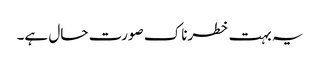
یہ بہت خطرناک صورت حال ہے۔